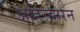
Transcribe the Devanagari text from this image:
अहिरबारन